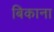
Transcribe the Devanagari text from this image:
बिकाना